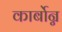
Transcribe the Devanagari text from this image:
कार्बोन्न